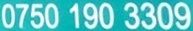
0750 190 3309